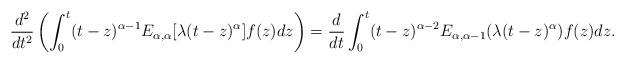
LaTeX: \begin{align*}\frac{d^2}{dt^2}\left(\int_0^t (t-z)^{\alpha-1}E_{\alpha, \alpha}[\lambda(t-z)^{\alpha}]f(z)dz\right) & = \frac{d}{dt}\int_0^t (t-z)^{\alpha - 2}E_{\alpha, \alpha-1}(\lambda (t-z)^{\alpha})f(z)dz.\end{align*}